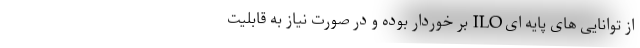
از توانایی های پایه ای ILO بر خوردار بوده و در صورت نیاز به قابلیت